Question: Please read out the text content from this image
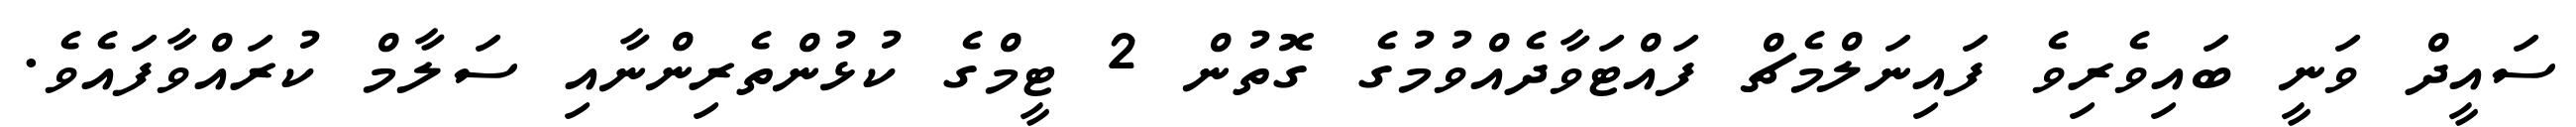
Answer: ސައީދް ވަނީ ބައިވެރިވެ ފައިނަލްމެޗް ފައްޓަވާދެއްވުމުގެ ގޮތުން 2 ޓީމްގެ ކުޅުންތެރިންނާއި ސަލާމް ކުރައްވާފައެވެ.